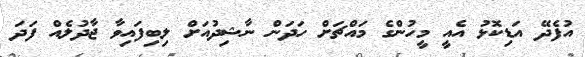
އުފެދޭ އަޑިކޮޅު އެއީ މީހުންގެ މައްޗަށް ހަދަން ނާޝިދުއަށް ލިބިފައިވާ ޖާދުލެއް ފަދަ